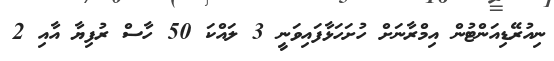
ނިއުރޭޑިއަންޓުން އިމްރާނަށް ހުށަހަޅާފައިވަނީ 3 ލައްކަ 50 ހާސް ރުފިޔާ އާއި 2